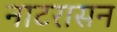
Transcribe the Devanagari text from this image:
नाटरासन